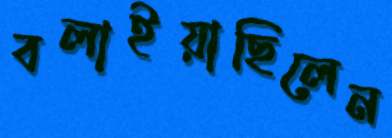
বলাইয়াছিলেন